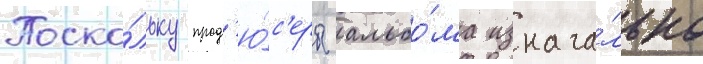
Поско́льку прод'ю́с'еры альбо́ма изнача́льно